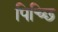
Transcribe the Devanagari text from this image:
पिच्छि